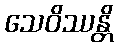
သေဝိဿန္တိ